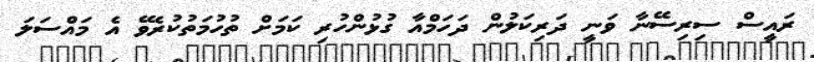
ރައީސް ސިރިސޭނާ ވަނީ ދަރިކަލުން ދަހަމްއާ ގުޅުންހުރި ކަމަށް ތުހުމަތުކުރެވޭ އެ މައްސަލަ